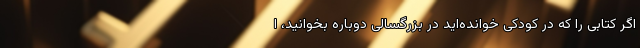
اگر کتابی را که در کودکی خوانده‌اید در بزرگسالی دوباره بخوانید، ا